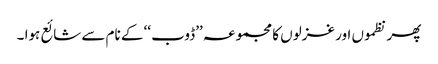
پھر نظموں اور غزلوں کا مجموعہ ’’ڈوب ‘‘ کے نام سے شائع ہوا ۔